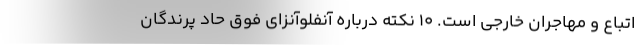
اتباع و مهاجران خارجی است. 10 نکته درباره آنفلوآنزای فوق حاد پرندگان